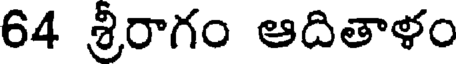
64 శ్రీరాగం ఆదితాళం